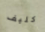
كليف